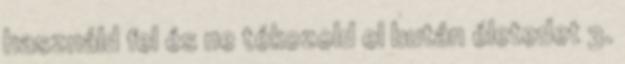
használd fel és ne tékozold el bután életedet 3.